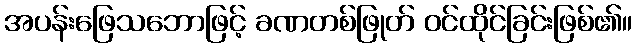
အပန်းဖြေသဘောဖြင့် ခဏတစ်ဖြုတ် ဝင်ထိုင်ခြင်းဖြစ်၏။